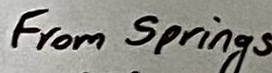
Text: From Springs